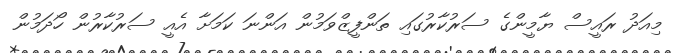
މިއަދު ރައީސް ޔާމީންގެ ސަރުކާރުގައި ތަންފީޒްވަމުން އަންނަ ކަމަށާ އެއީ ސަރުކާރުން ހޯދަމުން